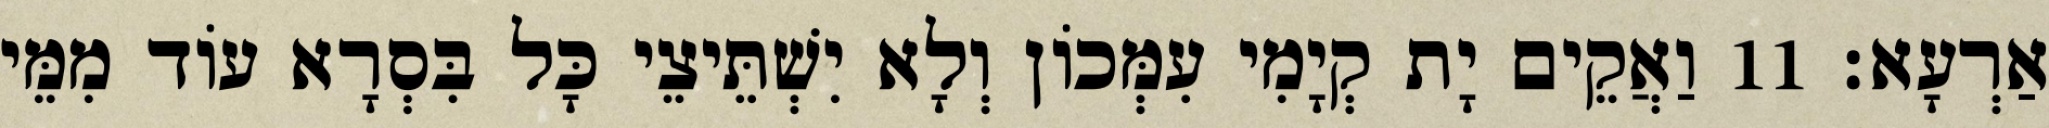
אַרְעָא׃ 11 וַאֲקֵים יָת קְיָמִי עִמְּכוֹן וְלָא יִשְׁתֵּיצֵי כָּל בִּסְרָא עוֹד מִמֵּי